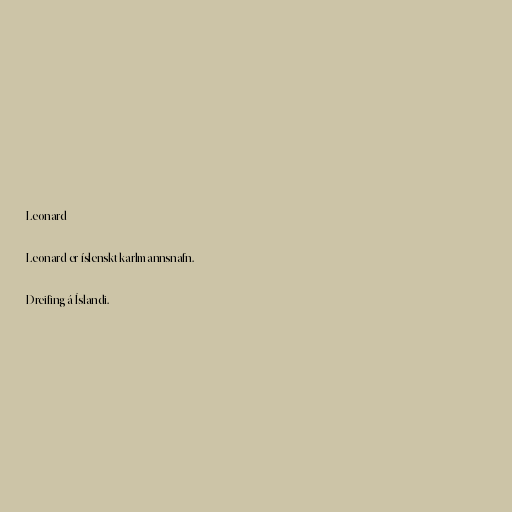
Leonard

Leonard er íslenskt karlmannsnafn.

Dreifing á Íslandi.